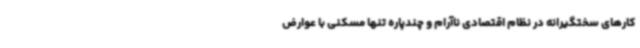
کارهای سختگیرانه در نظام اقتصادی ناآرام و چندپاره تنها مسکنی با عوارض